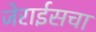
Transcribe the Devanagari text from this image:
जेराईसचा